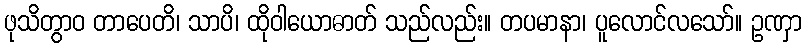
ဖုသိတွာဝ တာပေတိ၊ သာပိ၊ ထိုဝါယောဓာတ် သည်လည်း။ တပမာနာ၊ ပူလောင်လသော်။ ဥဏှာ